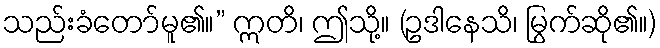
သည်းခံတော်မူ၏။” ဣတိ၊ ဤသို့။ (ဥဒါနေသိ၊ မြွက်ဆို၏။)